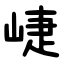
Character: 崨